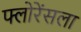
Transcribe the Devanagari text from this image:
फ्लोरेंसला